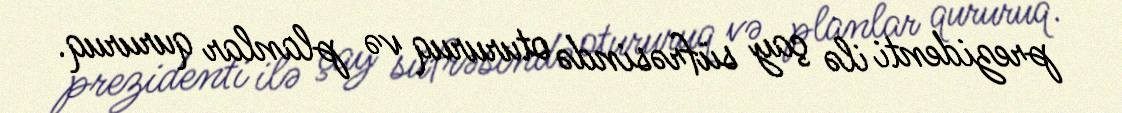
prezidenti ilə çay süfrəsində otururuq və planlar qururuq.